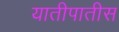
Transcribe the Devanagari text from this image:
यातीपातीस